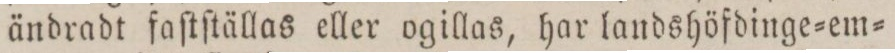
ändradt faſtſtällas eller ogillas, har landshöfdinge=em=